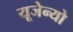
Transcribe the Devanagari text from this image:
यूजेन्यो